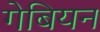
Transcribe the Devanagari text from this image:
गेबियन